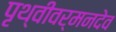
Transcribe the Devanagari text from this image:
पृथ्वीवर्मनदेव